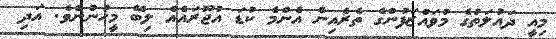
މިއީ ދައުލަތުގެ މުވައްޒަފުންގެ ތެރެއިން އެންމެ ކުޑަ އުޖޫރައެއް ލިބޭ މީހުންނެވެ. އަދި